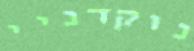
נוקדניי